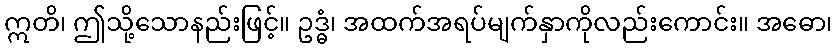
ဣတိ၊ ဤသို့သောနည်းဖြင့်။ ဥဒ္ဓံ၊ အထက်အရပ်မျက်နှာကိုလည်းကောင်း။ အဓော၊